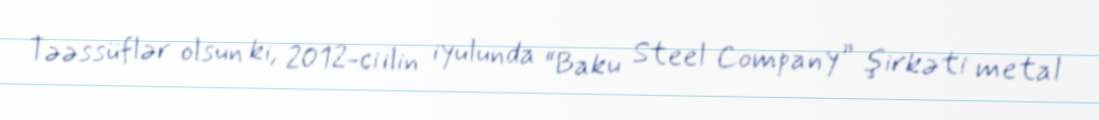
Təəssüflər olsun ki, 2012-ci ilin iyulunda “Baku Steel Company” şirkəti metal